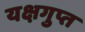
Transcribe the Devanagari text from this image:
यक्षगुप्त